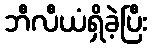
ဘီလီယံရှိခဲ့ပြီး